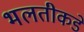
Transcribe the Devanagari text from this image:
भलतीकडे